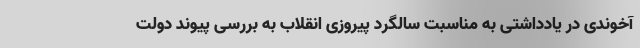
آخوندی در یادداشتی به مناسبت سالگرد پیروزی انقلاب به بررسی پیوند دولت